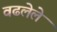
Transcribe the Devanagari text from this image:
वढलेले